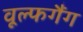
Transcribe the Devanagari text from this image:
वूल्फगैंग